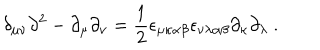
\delta _ { \mu \nu } \partial ^ { 2 } - \partial _ { \mu } \partial _ { \nu } = \frac { 1 } { 2 } \epsilon _ { \mu \kappa \alpha \beta } \epsilon _ { \nu \lambda \alpha \beta } \partial _ { \kappa } \partial _ { \lambda } \ .